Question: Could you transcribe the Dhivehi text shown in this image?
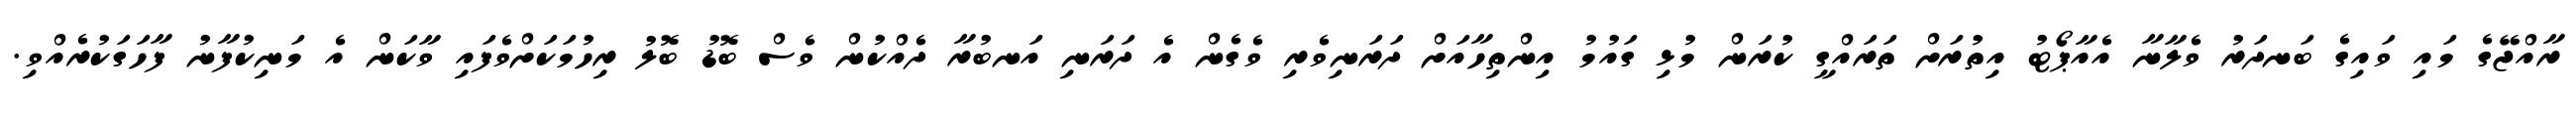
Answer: ރާއްޖޭގެ މައި ވައިގެ ބަނދަރު ވެލާނާ އެއާޕޯޓު އިތުރަށް ތަރައްގީ ކުރަން މުޅި ގައުމު އިންތިހާއަށް ދަރަނިވެރި ވެގެން އެ ދަރަނި އަނބުރާ ދެއްކުން ވެސް ބޮޑު ބޮލު ރިހުމަކަށްވެފައި ވާކަން އެ މަނިކުފާނު ފާހަގަކުރެއްވި.